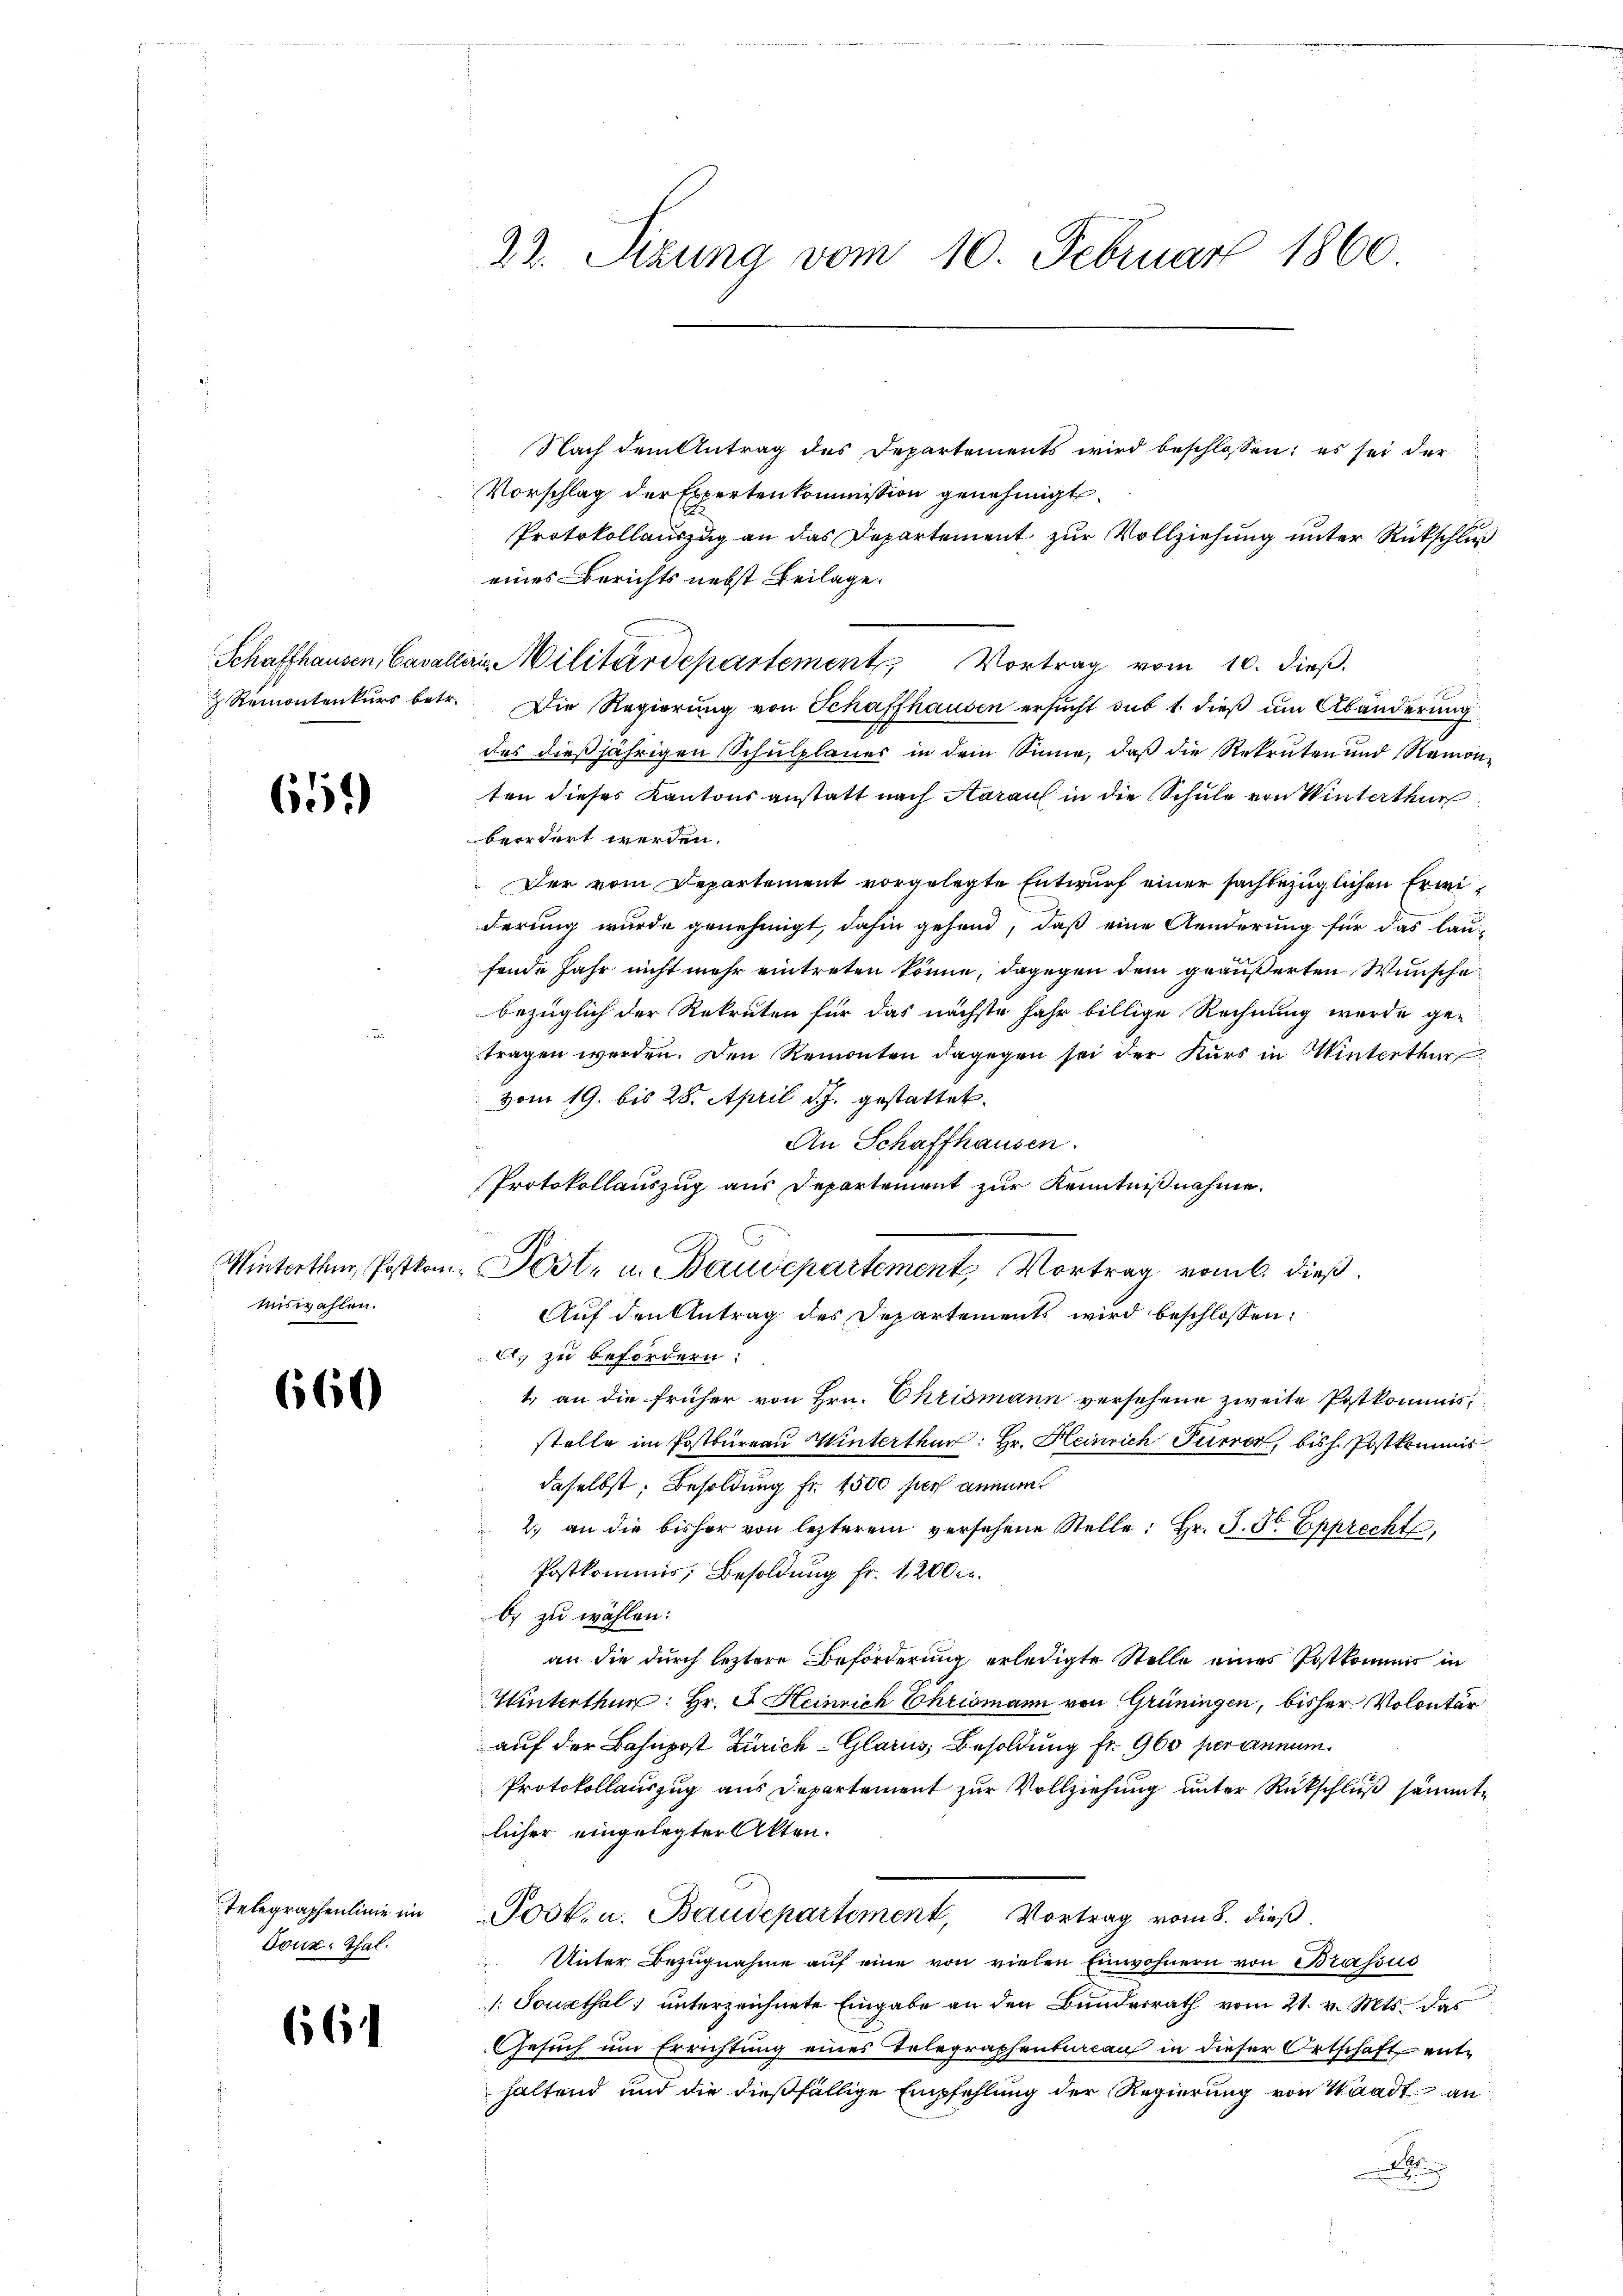
612)

miswahlen.

660

Toux, Thal.

664

Nach dem Antrag des Departements wird beschlossen; es sei der
Vorschlag der Expertenkommission genehmigt.
Protokollauszug an das Departement zur Vollziehung unter Rückschluß
eines Berichts nebst Beilage.
Schaffhausen, Cavalleris Militärdepartement Vortrag vom 10. dieß.
 Remontenkŭrs betr. Die Regierŭng von Schaffhausen ersŭcht sub 1. dieβ am Abänderung
des dießjährigen Schulplanes in dem Sinne, daß die Rekruten und Remon-
ten dieses Kantonsanstatt nach Aaraus in die Schule von Winterthur
beordert werden.
Der vom Departement vorgelegte Entwurf einer sachbezüglichen Erweiderung wurde genehmigt, dahin gehend, daß eine Aenderung für das lau-
fende Jahr nicht mehr eintreten könne, dagegen dem geäußerten Wunsche
bezüglich der Rekruten für das nächste Jahr billige Rechnung wurde getragen werden. Den Remonten dagegen sei der Kurs in Winterthur
vom 19. bis 28. April d. J. gestattet.
An Schaffhausen.
Protokollauszug aus Departement zur Kenntnißnahme.
Auf den Antrag des Departements wird beschlossen:
e. zu befördern:
1., an die früher von Hrn. Chrismann versehene zweite Postkommisstelle im Postbüreau Winterthur: Hr. Heinrich Furrer, bish. Postkommis
daselbst, Besoldung Fr. 1500 pers annum
2. an die bisher von lezterem versehene Stelle: Hr. J. St. Epprecht,
Postkommis, Besoldung fr. 1200 Fr.
b) zu wählen:
an die durch leztere Beförderung erledigte Stelle eines Postkommis in
Winterthur: Hr. F. Heinrich Chrismann von Grüningen, bisher Volontär
auf der Bahnpost Zürich Glarus, Besoldung Fr. 960 per annum
Protokollauszug aus Departement zur Vollziehung unter Rückschluß sämmtlicher eingelegter Akten.
Telegraphenlinie im Post. u. Baudepartement, Vortrag vom 8. dieβ.
Unter Bezugnahme auf eine von vielen Einwohnern von Brassus
: Sonsthal unterzeichnete Eingabe an den Bunderrath vom 21. v. Mts. das
Gesuch um Errichtung eines Telegraphenbureau in dieser Ortschaft enthaltend und die dießfällige Empfehlung der Regierung von Waadt an
A

22. Sizung vom 10. Februar 1860

Winterthur, Postkam. Post- u. Baudepartement Vortrag vom 6. dieß.